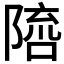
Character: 𨻓